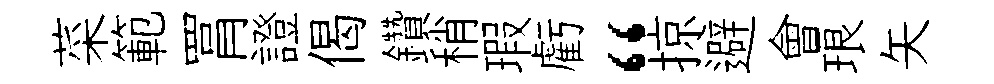
菜範罥證偈鑽稍瑕虧“掠避會琅矢